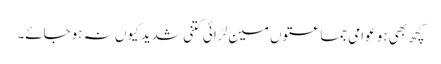
کچھ بھی ہو عوامی جماعتوں مین لڑائی کتنی شدید کیوں نہ ہوجائے۔